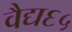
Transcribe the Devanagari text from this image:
वैद्य६५